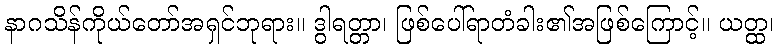
နာဂသိန်ကိုယ်တော်အရှင်ဘုရား။ ဒွါရတ္တာ၊ ဖြစ်ပေါ်ရာတံခါး၏အဖြစ်ကြောင့်။ ယတ္ထ၊